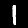
Label: 1